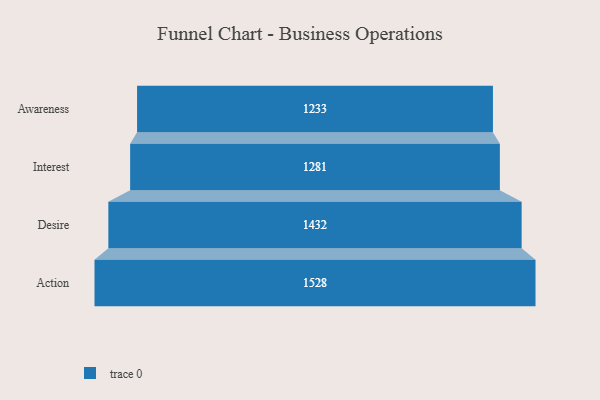
{"axis": {"x": "Stage", "y": "Value"}, "legend": [""], "data": [{"x": "Awareness", "y": 1233.0, "type": ""}, {"x": "Interest", "y": 1281.0, "type": ""}, {"x": "Desire", "y": 1432.0, "type": ""}, {"x": "Action", "y": 1528.0, "type": ""}]}